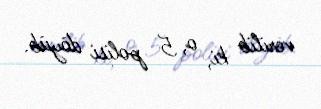
verilib ki, o, 5 polisi döyüb.